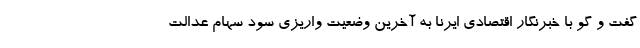
گفت و گو با خبرنگار اقتصادی ایرنا به آخرین وضعیت واریزی سود سهام عدالت